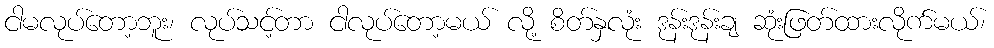
ငါမလုပ်တော့ဘူး၊ လုပ်သင့်တာ ငါလုပ်တော့မယ် လို့ စိတ်နှလုံး ဒုန်းဒုန်းချ ဆုံးဖြတ်ထားလိုက်မယ်၊